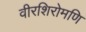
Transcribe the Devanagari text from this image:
वीरशिरोमणि